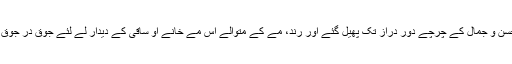
اس طرح اس مے خانے اور موکھی کے حسن و جمال کے چرچے دور دراز تک پھیل گئے اور رند، مے کے متوالے اس مے خانے او ساقی کے دیدار لے لئے جوق در جوق کھنچے چلے آتے اور ان کا تانتا بندھ جاتا۔